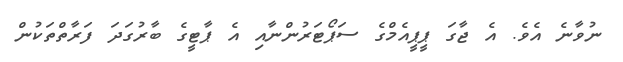
ނުވާނެ އެވެ. އެ ޖާގަ ޕީޕީއެމްގެ ސަޕޯޓަރުންނާއި އެ ޕާޓީގެ ބާރުގަދަ ފަރާތްތަކުން